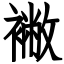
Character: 襒